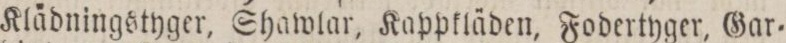
Klådningstyger, Shawlar, Kappkläden, Fodertyger, Gar=